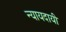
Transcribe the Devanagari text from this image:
न्यायदायी